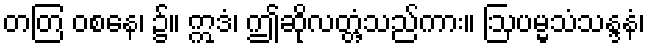
တတြ ဝစနေ၊ ၌။ ဣဒံ၊ ဤဆိုလတ္တံ့သည်ကား။ ဩပမ္မသံသန္ဒနံ၊